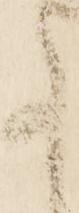
事